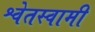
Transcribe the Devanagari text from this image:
श्वेतस्वामी